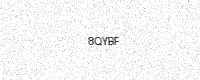
Text: 8QYBF